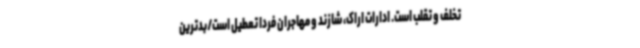
تخلف و تقلب است. ادارات اراک، شازند و مهاجران فردا تعطیل است/بدترین